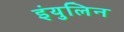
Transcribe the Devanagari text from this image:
इंयुलिन